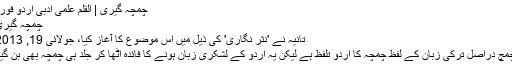
چمچہ گیری | القلم علمی ادبی اردو فورم
چمچہ گیری
تانیہ نے 'نثر نگاری' کی ذیل میں اس موضوع کا آغاز کیا، جولائی 19, 2013
چمچ دراصل ترکی زبان کے لفظ چمچہ کا اُردو تلفظ ہے لیکن یہ اُردو کے لشکری زبان ہونے کا فائدہ اُٹھا کر جلد ہی چمچہ بھی بن گیا۔